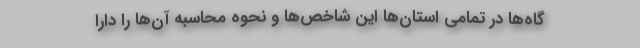
گاه‌ها در تمامی استان‌ها این شاخص‌ها و نحوه محاسبه آن‌ها را دارا